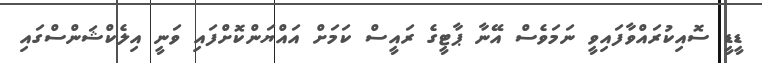
ޑީޑީ ސޮއިކުރައްވާފައިވީ ނަމަވެސް އޭނާ ޕާޓީގެ ރައީސް ކަމަށް އައްޔަންކޮށްފައި ވަނީ އިލެކްޝަންސްގައި